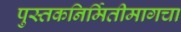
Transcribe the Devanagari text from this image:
पुस्तकनिर्मितीमागचा